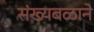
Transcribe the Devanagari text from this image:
संख्यबळाने